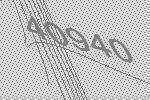
40940